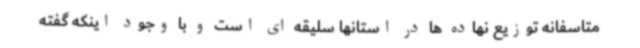
متاسفانه توزیع نهاده ها در استانها سلیقه ای است و با وجود اینکه گفته